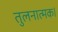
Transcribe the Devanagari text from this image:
तुलनात्मक।